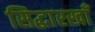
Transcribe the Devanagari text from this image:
सिद्धारखाँ